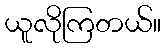
ယူလိုကြတယ်။